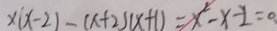
x ( x - 2 ) - ( x + 2 ) ( x + 1 ) = x ^ { 2 } - x - 2 = 0